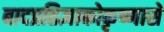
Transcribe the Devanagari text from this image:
बादप्रतिज्ञाकोकृष्णासे